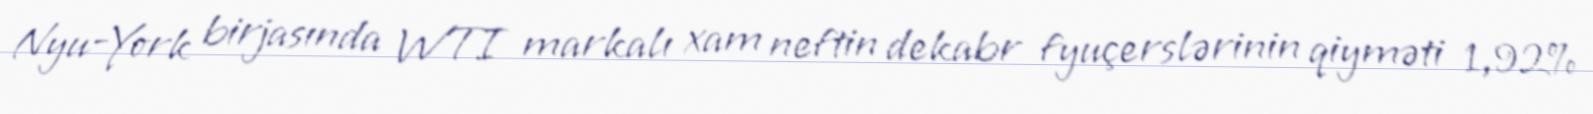
Nyu-York birjasında WTI markalı xam neftin dekabr fyuçerslərinin qiyməti 1,92%